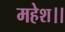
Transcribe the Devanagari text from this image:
महेश।।